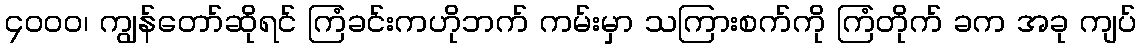
၄ဝဝဝ၊ ကျွန်တော်ဆိုရင် ကြံခင်းကဟိုဘက် ကမ်းမှာ သကြားစက်ကို ကြံတိုက် ခက အခု ကျပ်